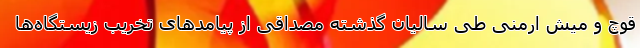
قوچ و میش ارمنی طی سالیان گذشته مصداقی از پیامدهای تخریب زیستگاه‌ها